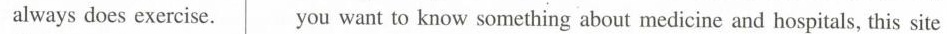
always does exercise. you want to know something about medicine and hospitals, this site